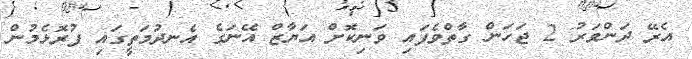
އެރޭ ދަންވަރު 2 ޖަހަން ގާތްވެފައި ވަނިކޮށް އަޔާޒް އޭނަގެ އެނދުމަތީގައި ފުރޮޅެމުން